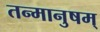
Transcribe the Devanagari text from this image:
तन्मानुषम्